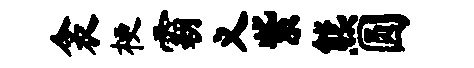
衾梗霸义紫熊圆